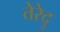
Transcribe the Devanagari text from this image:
तेरेदु